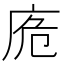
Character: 𢈌